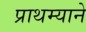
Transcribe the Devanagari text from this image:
प्राथम्याने